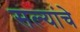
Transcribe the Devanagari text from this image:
सल्यांचे